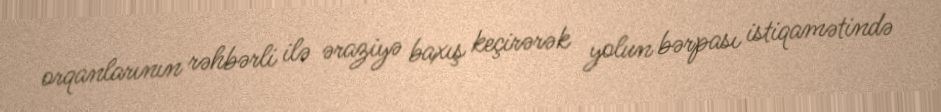
orqanlarının rəhbərli ilə əraziyə baxış keçirərək yolun bərpası istiqamətində